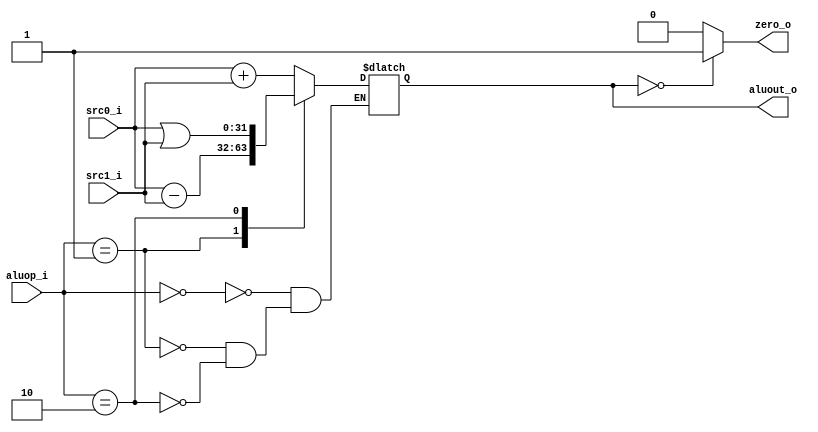
module ALU(aluop_i, src0_i, src1_i, zero_o, aluout_o);
	input [1:0] aluop_i;
	input [31:0] src0_i, src1_i;
	output zero_o;
	output reg [31:0] aluout_o;
	
	assign zero_o = (aluout_o == 0) ? 1'b1 : 1'b0;
	
	always@(*)
		begin
		case(aluop_i)
			2'b00:
				begin
				aluout_o = src0_i + src1_i;
				end
			2'b01:
				begin
				aluout_o = src0_i - src1_i;
				end
			2'b10:
				begin
				aluout_o = src0_i | src1_i;
				end
		endcase
		end
endmodule